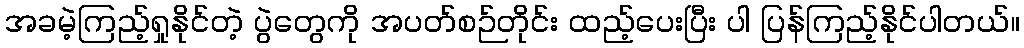
အခမဲ့ကြည့်ရှုနိုင်တဲ့ ပွဲတွေကို အပတ်စဉ်တိုင်း ထည့်ပေးပြီး ပါ ပြန်ကြည့်နိုင်ပါတယ်။